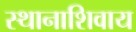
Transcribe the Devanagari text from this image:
स्थानाशिवाय